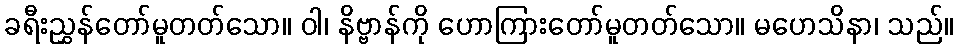
ခရီးညွှန်တော်မူတတ်သော။ ဝါ၊ နိဗ္ဗာန်ကို ဟောကြားတော်မူတတ်သော။ မဟေသိနာ၊ သည်။